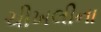
ચીખલીના